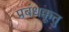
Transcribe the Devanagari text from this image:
प्रबंधक्कूत्तु